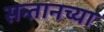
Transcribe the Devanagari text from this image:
सन्तानच्या